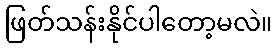
ဖြတ်သန်းနိုင်ပါတော့မလဲ။